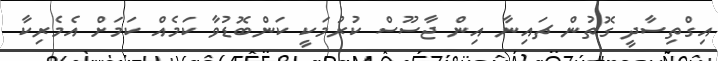
އިގްތިސާދީ ގޮތުން ޗައިނާ އިން ޖާސޫސް ކުރުމަކީ ކަންބޮޑުވާ ކަމެއް ކަމަށް އެމެރިކާ